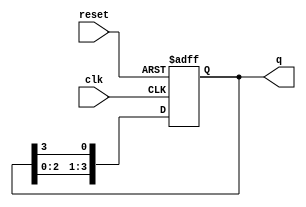
module ring_counter (
    input wire clk,          // Clock input
    input wire reset,        // Asynchronous reset input
    output reg [n-1:0] q     // Output state of the counter
);
    parameter n = 4;         // Number of flip-flops (can be changed as needed)

    // Initial state: only the first flip-flop is set to '1'
    initial begin
        q = 1'b1;            // Set initial state to 1000 for n=4
    end

    always @(posedge clk or posedge reset) begin
        if (reset) begin
            q <= 1'b1;       // Reset to initial state (1000 for n=4)
        end else begin
            // Shift the '1' to the next flip-flop
            q <= {q[n-2:0], q[n-1]}; // Shift left and wrap around
        end
    end
endmodule